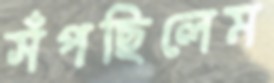
সঁপছিলেম